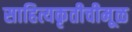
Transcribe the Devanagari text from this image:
साहित्यकृतीचीमूळ